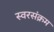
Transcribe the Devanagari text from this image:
स्वरसंक्रम